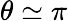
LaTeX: \theta\simeq\pi